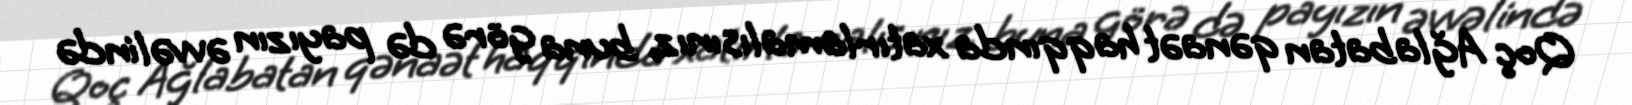
Qoç Ağlabatan qənaət haqqında xatırlamalısınız, buna görə də payızın əvvəlində